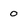
Character: 0